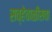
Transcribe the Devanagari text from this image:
सव्हेचाळीसवा